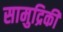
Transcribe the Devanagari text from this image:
सामुद्रिकी